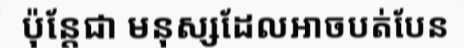
ប៉ុន្តែជា មនុស្សដែលអាចបត់បែន